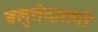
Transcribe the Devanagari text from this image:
बलुतेदारांनी